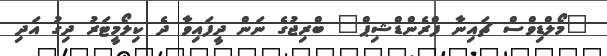
"މޯލްޑިވްސް ޗައިނާ ފްރެންޑްޝިޕް" ބްރިޖުގެ ނަން ދީފައިވާ ދެ ކިލޯމީޓަރު ދިގު އަދި